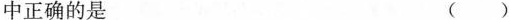
中正确的是 （）